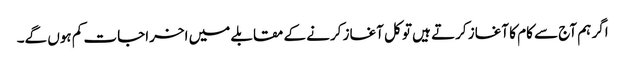
اگر ہم آج سے کام کا آغاز کرتے ہیں تو کل آغاز کرنے کے مقابلے میں اخراجات کم ہوں گے۔